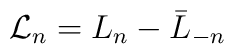
{\cal L }_n = L_n - \bar L_{-n}  \